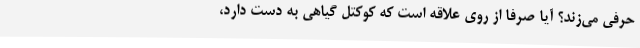
حرفی می‌زند؟ آیا صرفاً از روی علاقه است که کوکتلِ گیاهی به دست دارد،